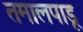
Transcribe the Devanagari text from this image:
तमालपाडू